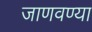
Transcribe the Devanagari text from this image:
जाणवण्या